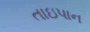
તાઇપાન